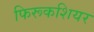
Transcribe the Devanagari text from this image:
फिरूकशियर